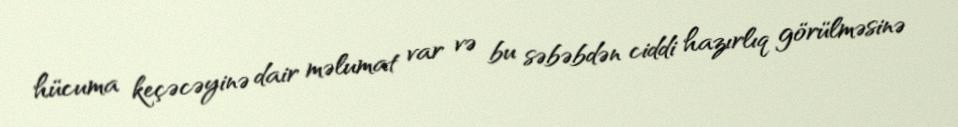
hücuma keçəcəyinə dair məlumat var və bu səbəbdən ciddi hazırlıq görülməsinə